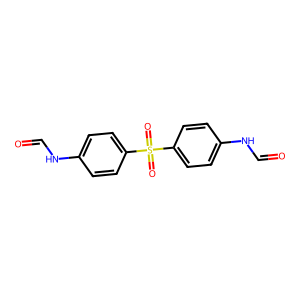
SMILES: O=CNc1ccc(S(=O)(=O)c2ccc(NC=O)cc2)cc1
Inhibits HIV replication: No